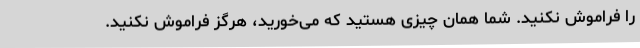
را فراموش نکنید. شما همان چیزی هستید که می‌خورید، هرگز فراموش نکنید.